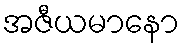
အဇီယမာနော